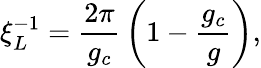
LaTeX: \xi_{L}^{-1}={\frac{2\pi}{g_{c}}}\left(1-{\frac{g_{c}}{g}}\right),